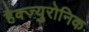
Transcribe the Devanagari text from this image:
हैक्ज़्युरोनिक